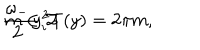
\frac { \omega _ { - } } { 2 } y _ { i } ^ { 2 } T ( y ) = 2 \pi m , \hspace { 1 . 5 c m } m \in { \cal Z }